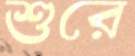
শুরে